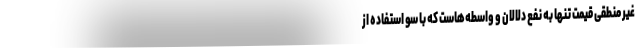
غیر منطقی قیمت تنها به نفع دلالان و واسطه‌هاست که با سو استفاده از